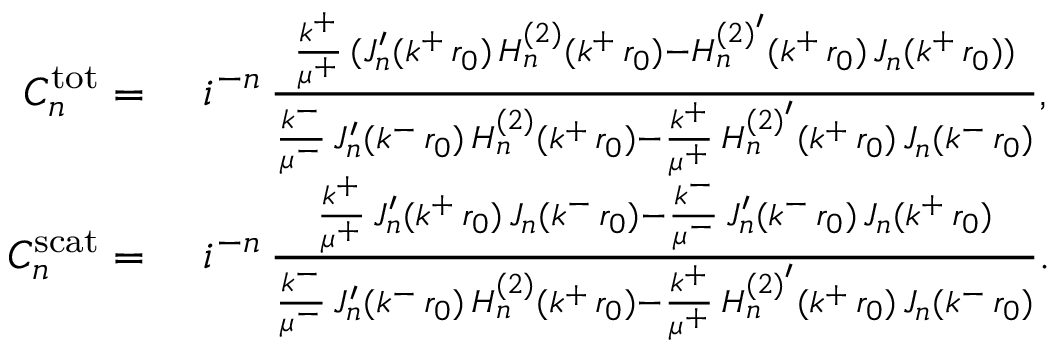
\begin{array} { r l } { C _ { n } ^ { \mathrm { t o t } } = } & { \, \, \mathfrak { i } ^ { - n } \, \frac { \frac { k ^ { + } } { \mu ^ { + } } \, ( J _ { n } ^ { \prime } ( k ^ { + } \, r _ { 0 } ) \, H _ { n } ^ { ( 2 ) } ( k ^ { + } \, r _ { 0 } ) - H _ { n } ^ { { ( 2 ) } ^ { \prime } } ( k ^ { + } \, r _ { 0 } ) \, J _ { n } ( k ^ { + } \, r _ { 0 } ) ) } { \frac { k ^ { - } } { \mu ^ { - } } \, J _ { n } ^ { \prime } ( k ^ { - } \, r _ { 0 } ) \, H _ { n } ^ { ( 2 ) } ( k ^ { + } \, r _ { 0 } ) - \frac { k ^ { + } } { \mu ^ { + } } \, H _ { n } ^ { { ( 2 ) } ^ { \prime } } ( k ^ { + } \, r _ { 0 } ) \, J _ { n } ( k ^ { - } \, r _ { 0 } ) } , } \\ { C _ { n } ^ { \mathrm { s c a t } } = } & { \, \, \mathfrak { i } ^ { - n } \, \frac { \frac { k ^ { + } } { \mu ^ { + } } \, J _ { n } ^ { \prime } ( k ^ { + } \, r _ { 0 } ) \, J _ { n } ( k ^ { - } \, r _ { 0 } ) - \frac { k ^ { - } } { \mu ^ { - } } \, J _ { n } ^ { \prime } ( k ^ { - } \, r _ { 0 } ) \, J _ { n } ( k ^ { + } \, r _ { 0 } ) } { \frac { k ^ { - } } { \mu ^ { - } } \, J _ { n } ^ { \prime } ( k ^ { - } \, r _ { 0 } ) \, H _ { n } ^ { ( 2 ) } ( k ^ { + } \, r _ { 0 } ) - \frac { k ^ { + } } { \mu ^ { + } } \, H _ { n } ^ { { ( 2 ) } ^ { \prime } } ( k ^ { + } \, r _ { 0 } ) \, J _ { n } ( k ^ { - } \, r _ { 0 } ) } . } \end{array}